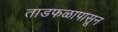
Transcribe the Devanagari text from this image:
ताडफळापासून